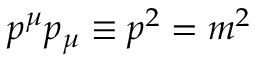
p ^ { \mu } p _ { \mu } \equiv p ^ { 2 } = m ^ { 2 }